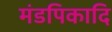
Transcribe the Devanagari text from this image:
मंडपिकादि